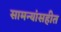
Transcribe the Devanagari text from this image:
सामन्यांसहीत